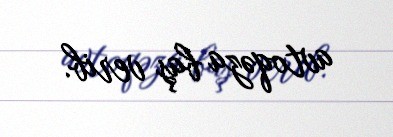
avtoqəza baş verib.